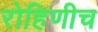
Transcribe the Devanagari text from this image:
रोहिणीच